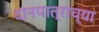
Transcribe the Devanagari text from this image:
दानपात्राच्या